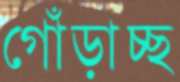
গোঁড়াচ্ছ